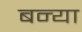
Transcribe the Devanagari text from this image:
बन्या